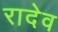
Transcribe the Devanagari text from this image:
रादेव